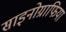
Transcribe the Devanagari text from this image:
साइनोग्राफिया